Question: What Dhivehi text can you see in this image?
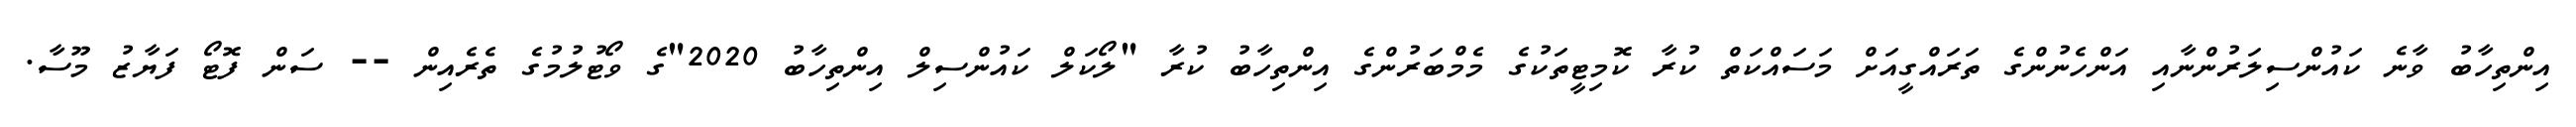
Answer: އިންތިހާބު ވާނެ ކައުންސިލަރުންނާއި އަންހެނުންގެ ތަރައްގީއަށް މަސައްކަތް ކުރާ ކޮމިޓީތަކުގެ މެމްބަރުންގެ އިންތިހާބު ކުރާ "ލޯކަލް ކައުންސިލް އިންތިހާބު 2020"ގެ ވޯޓުލުމުގެ ތެރެއިން -- ސަން ފޮޓޯ ފަޔާޒު މޫސާ.